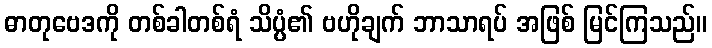
ဓာတုဗေဒကို တစ်ခါတစ်ရံ သိပ္ပံ၏ ဗဟိုချက် ဘာသာရပ် အဖြစ် မြင်ကြသည်။